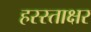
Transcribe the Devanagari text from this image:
हस्स्ताक्षर